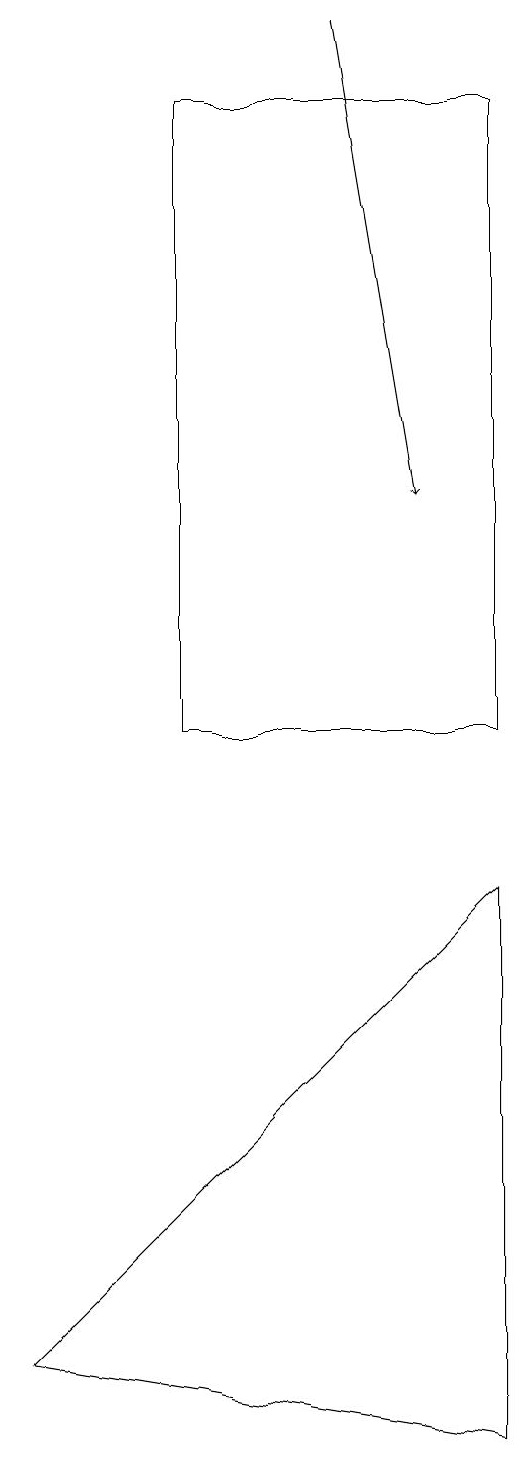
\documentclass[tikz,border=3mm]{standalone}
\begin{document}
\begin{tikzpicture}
\draw (8,8) -- (8,1) -- (2,2) -- cycle;
\draw (8,10) rectangle (4,18);
\draw[->] (6,19) -- (7,13);
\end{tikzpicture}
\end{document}